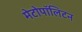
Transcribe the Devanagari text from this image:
मेटोपॉलिटन